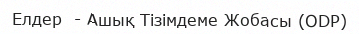
Елдер  - Ашық Тізімдеме Жобасы (ODP)